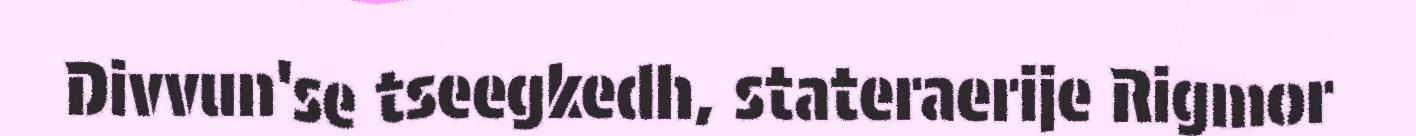
Divvun'se tseegkedh, stateraerije Rigmor